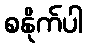
စနိုက်ပါ